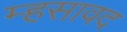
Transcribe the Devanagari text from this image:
म्हसावद